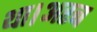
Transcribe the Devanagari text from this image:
था।अरब